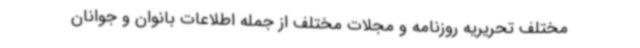
مختلف تحریریه روزنامه و مجلات مختلف از جمله اطلاعات بانوان و جوانان